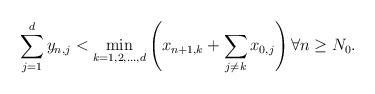
LaTeX: \begin{align*} \sum_{j=1}^d y_{n,j} < \min_{k=1,2,\ldots,d}\left(x_{n+1,k} + \sum_{j\neq k}x_{0,j} \right) \forall n \geq N_0.\end{align*}